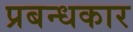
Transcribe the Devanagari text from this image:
प्रबन्धकार